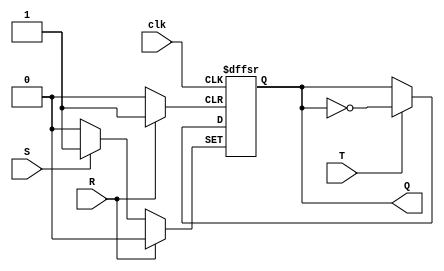
module TFF (
    input T, // Input for toggling flip-flop
    input S, // Asynchronous set input
    input R, // Asynchronous reset input
    input clk, // Clock input
    output reg Q // Output of the flip-flop
);

always @ (posedge clk or posedge S or posedge R)
begin
    if (S) Q <= 1; // Set the flip-flop to high
    else if (R) Q <= 0; // Reset the flip-flop to low
    else if (T) Q <= ~Q; // Toggle the flip-flop when T is high
end

endmodule